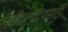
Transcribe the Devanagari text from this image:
केळीउत्पादनासाठी